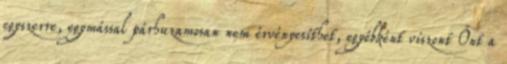
egyszerre, egymással párhuzamosan nem érvényesíthet, egyébként viszont Önt a